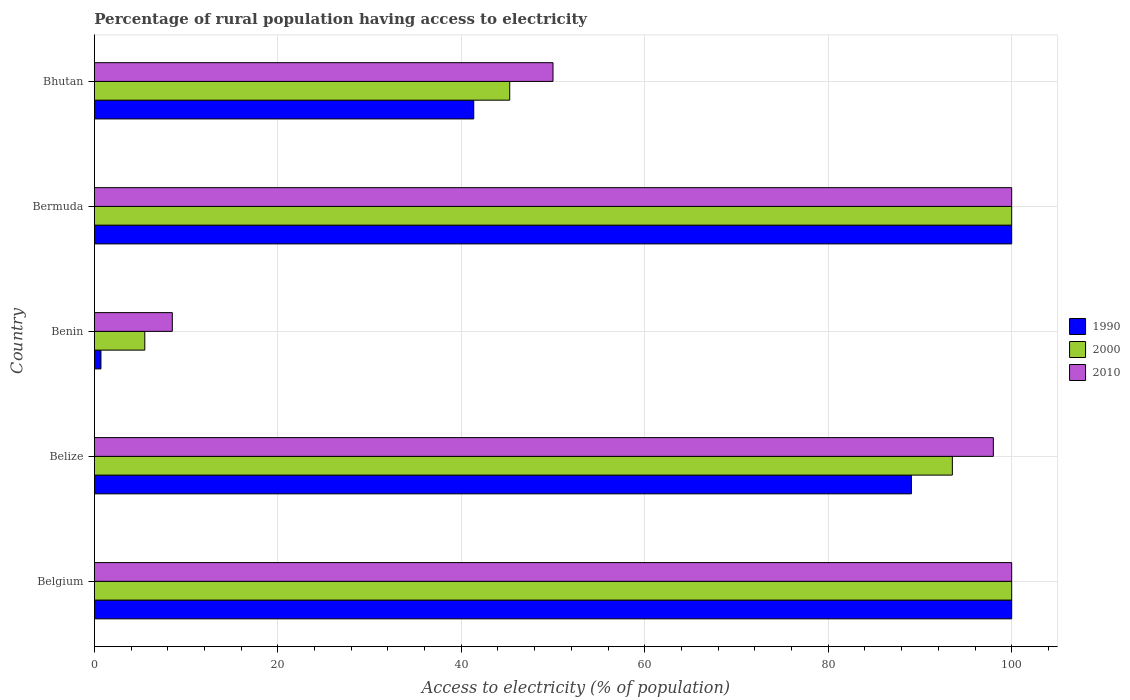
| Country | 1990 | 2000 | 2010 |
 | --- | --- | --- | --- |
 | Belgium | 100 | 100 | 100 |
 | Belize | 89.1 | 93.5 | 98 |
 | Benin | 0.72 | 5.5 | 8.5 |
 | Bermuda | 100 | 100 | 100 |
 | Bhutan | 41.4 | 45.3 | 50 |